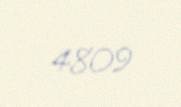
4809